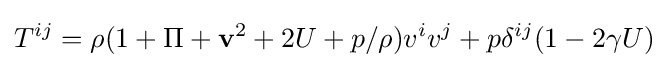
T^{ij}=\rho (1+\Pi +\mathbf {v} ^{2}+2U+p/\rho )v^{i}v^{j}+p\delta ^{ij}(1-2\gamma U)